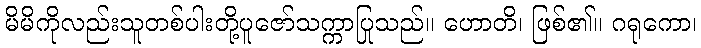
မိမိကိုလည်းသူတစ်ပါးတို့ပူဇော်သက္ကာပြုသည်။ ဟောတိ၊ ဖြစ်၏။ ဂရုကော၊